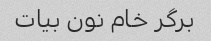
برگر خام نون بیات